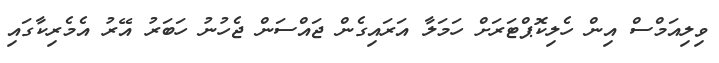
ވިލިއަމްސް އިން ހެލިކޮޕްޓަރަށް ހަމަލާ އަރައިގެން ޖައްސަން ޖެހުނު ހަބަރު އޭރު އެމެރިކާގައި